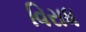
વિરાધ